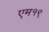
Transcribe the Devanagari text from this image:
एम१९